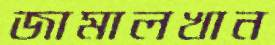
জামালখান